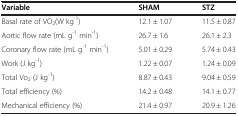
<table><thead><tr><td><b>Variable</b></td><td><b>SHAM</b></td><td><b>STZ</b></td></tr></thead><tbody><tr><td>Basal rate of VO<sub>2</sub>(W kg<sup>-1</sup>)</td><td>12.1 ± 1.07</td><td>11.5 ± 0.87</td></tr><tr><td>Aortic flow rate (mL g<sup>-1</sup> min<sup>-1</sup>)</td><td>26.7 ± 1.6</td><td>26.1 ± 2.3</td></tr><tr><td>Coronary flow rate (mL g<sup>-1</sup> min<sup>-1</sup>)</td><td>5.01 ± 0.29</td><td>5.74 ± 0.43</td></tr><tr><td>Work (J kg<sup>-1</sup>)</td><td>1.22 ± 0.07</td><td>1.24 ± 0.09</td></tr><tr><td>Total Vo<sub>2</sub> (J kg<sup>-1</sup>)</td><td>8.87 ± 0.43</td><td>9.04 ± 0.59</td></tr><tr><td>Total efficiency (%)</td><td>14.2 ± 0.48</td><td>14.1 ± 0.77</td></tr><tr><td>Mechanical efficiency (%)</td><td>21.4 ± 0.97</td><td>20.9 ± 1.26</td></tr></tbody></table>